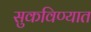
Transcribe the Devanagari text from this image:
सुकविण्यात